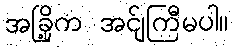
အခြို့က အင်ျကြီမပါ။